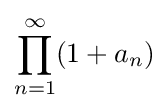
\prod _{n=1}^{\infty }(1+a_{n})